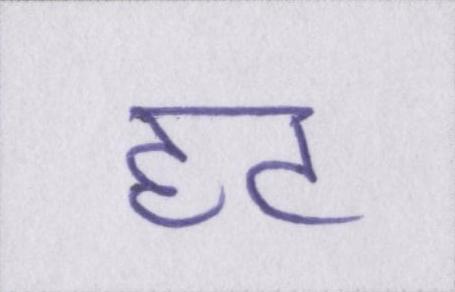
हट